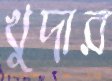
খুদার